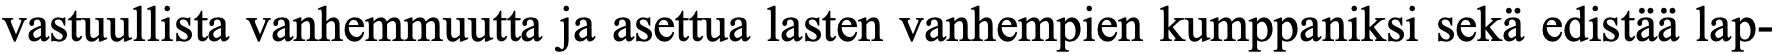
vastuullista vanhemmuutta ja asettua lasten vanhempien kumppaniksi sekä edistää lap-